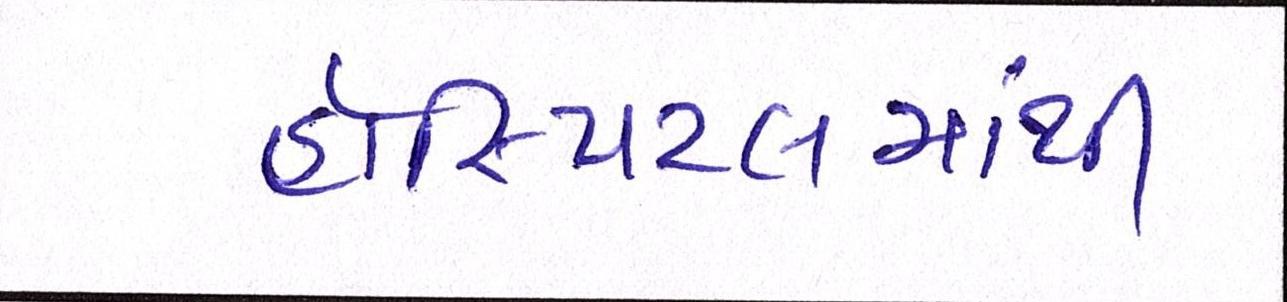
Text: હોસ્પિટલમાંથી